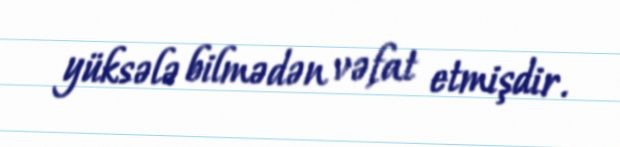
yüksələ bilmədən vəfat etmişdir.